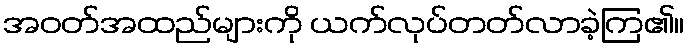
အဝတ်အထည်များကို ယက်လုပ်တတ်လာခဲ့ကြ၏။